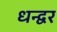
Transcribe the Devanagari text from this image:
धन्द्वर